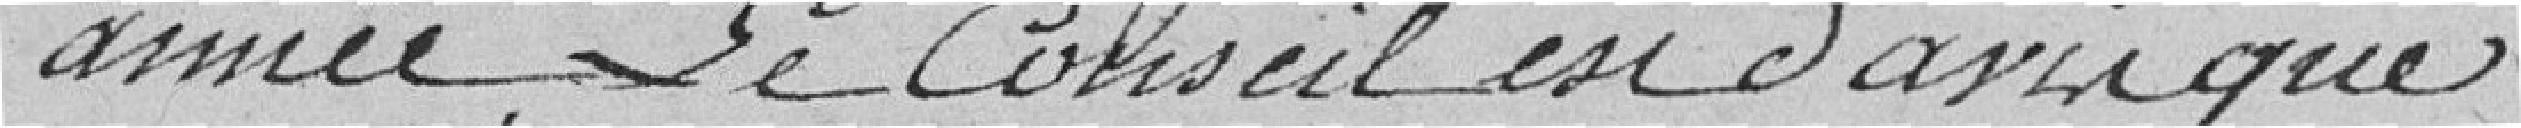
année ; Le Conseil est d'avoir que